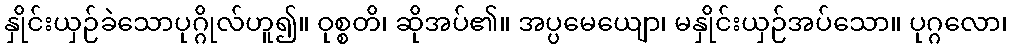
နှိုင်းယှဉ်ခဲသောပုဂ္ဂိုလ်ဟူ၍။ ဝုစ္စတိ၊ ဆိုအပ်၏။ အပ္ပမေယျော၊ မနှိုင်းယှဉ်အပ်သော။ ပုဂ္ဂလော၊